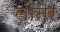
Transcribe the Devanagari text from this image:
लीनर